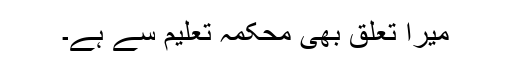
میرا تعلق بھی محکمہ تعلیم سے ہے۔